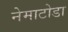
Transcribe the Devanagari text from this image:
नेमाटोडा